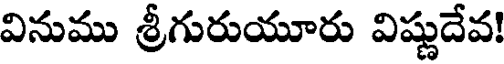
వినుము శ్రీగురుయూరు విష్ణుదేవ!